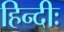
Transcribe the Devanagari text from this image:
हिन्दीः